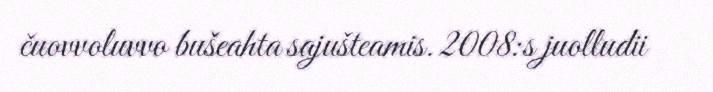
čuovvoluvvo bušeahta sajušteamis. 2008:s juolludii